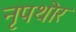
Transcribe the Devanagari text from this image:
नृपथोर